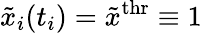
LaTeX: {\tilde{x}}_{i}(t_{i})={\tilde{x}}^{\mathrm{thr}}\equiv 1